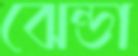
ঝেন্ডা